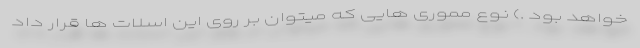
خواهد بود .) نوع مموری هایی که میتوان بر روی این اسلات ها قرار داد